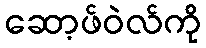
ဆော့ဖ်ဝဲလ်ကို